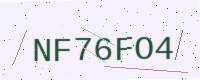
Text: NF76FO4